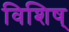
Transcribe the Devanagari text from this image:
विशिष्